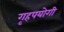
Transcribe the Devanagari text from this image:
गृहपयोगी